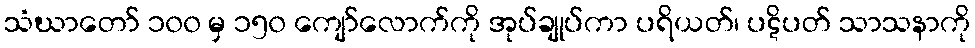
သံဃာတော် ၁၀၀ မှ ၁၅၀ ကျော်လောက်ကို အုပ်ချုပ်ကာ ပရိယတ်၊ ပဋိပတ် သာသနာကို